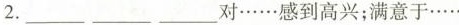
2.______________对……感到高兴；满意于……